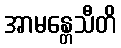
အာမန္တေသီတိ